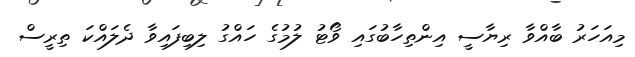
މިއަހަރު ބާއްވާ ރިޔާސީ އިންތިހާބުގައި ވޯޓު ލުމުގެ ހައްގު ލިބިފައިވާ ދެލައްކަ ތިރީސް